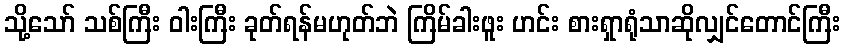
သို့သော် သစ်ကြီး ဝါးကြီး ခုတ်ရန်မဟုတ်ဘဲ ကြိမ်ခါးဖူး ဟင်း စားရှာရုံသာဆိုလျှင်တောင်ကြီး